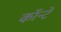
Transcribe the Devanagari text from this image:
कॉन्टे